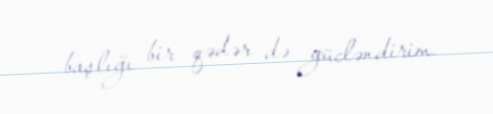
başlığı bir qədər də gücləndirim.